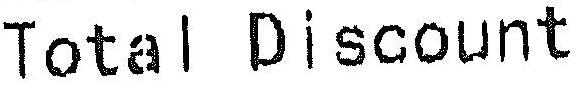
TOTAL DISCOUNT